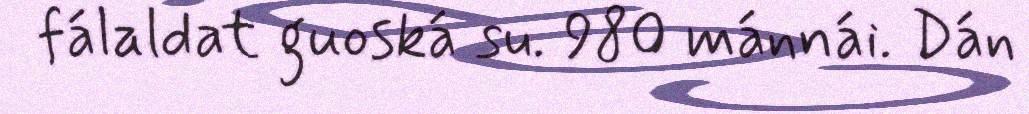
fálaldat guoská su. 980 mánnái. Dán